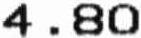
4.80